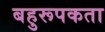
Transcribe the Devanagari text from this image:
बहुरूपकता